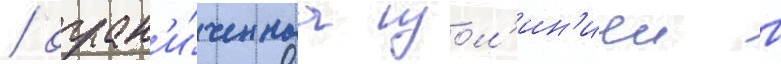
/ огран'и́ченнаа изол'ин'иеи в